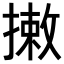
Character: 𢳯